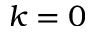
k = 0